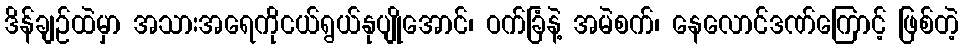
ဒိန်ချဉ်ထဲမှာ အသားအရေကိုငယ်ရွယ်နုပျိုအောင်၊ ဝက်ခြံနဲ့ အမဲစက်၊ နေလောင်ဒဏ်ကြောင့် ဖြစ်တဲ့